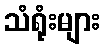
သံရုံးများ